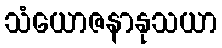
သံယောဇနာနုသယာ